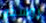
روسكو